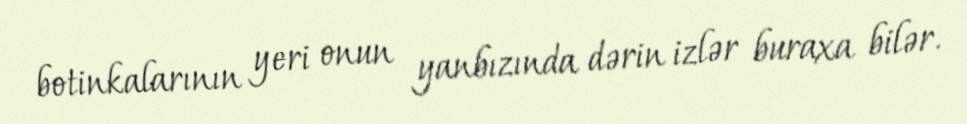
botinkalarının yeri onun yanbızında dərin izlər buraxa bilər.